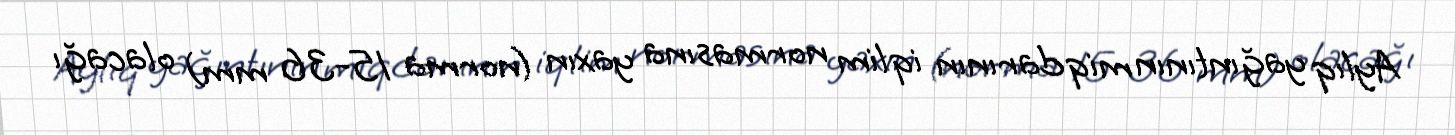
Aylıq yağıntının miqdarının iqlim normasına yaxın (norma 15-36 mm) olacağı